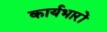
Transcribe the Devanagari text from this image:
कार्यभारों